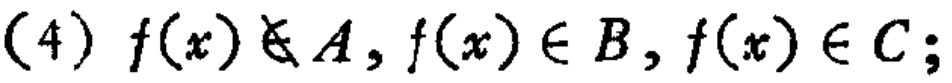
(4) \(f(x)\notin A, f(x)\in B, f(x)\in C;\)